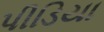
પીડિયા